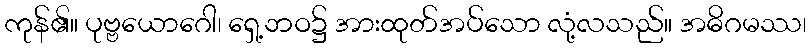
ကုန်၏။ ပုဗ္ဗယောဂေါ၊ ရှေ့ဘဝ၌ အားထုတ်အပ်သော လုံ့လသည်။ အဓိဂမဿ၊